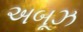
અબૂઝ